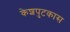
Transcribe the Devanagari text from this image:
केशपुटकास